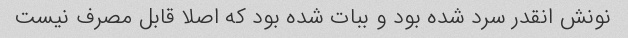
نونش انقدر سرد شده بود و ببات شده بود که اصلا قابل مصرف نیست